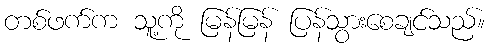
တစ်ဖက်က သူ့ကို မြန်မြန် ပြန်သွားစေချင်သည်။